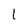
Character: l